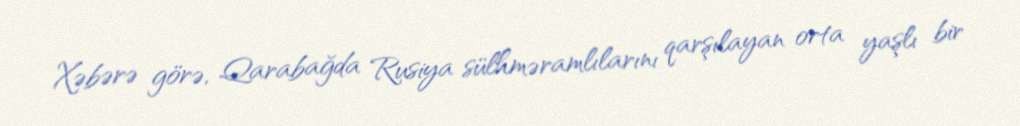
Xəbərə görə, Qarabağda Rusiya sülhməramlılarını qarşılayan orta yaşlı bir